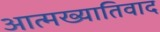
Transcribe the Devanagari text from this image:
आत्मख्यातिवाद